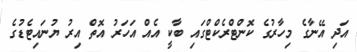
އަދި އޭނާގެ މިހާރުގެ ކޮންޓްރެކްޓްގައި ބާކީ އެއް އަހަރު އޮތް އިރު ޔުނައިޓެޑުގެ